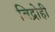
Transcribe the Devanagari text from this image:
बिद्रोही